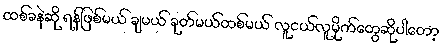
ထစ်ခနဲဆို ရန်ဖြစ်မယ် ချမယ် ခုတ်မယ်ထစ်မယ် လူငယ်လူမိုက်တွေဆိုပါတော့